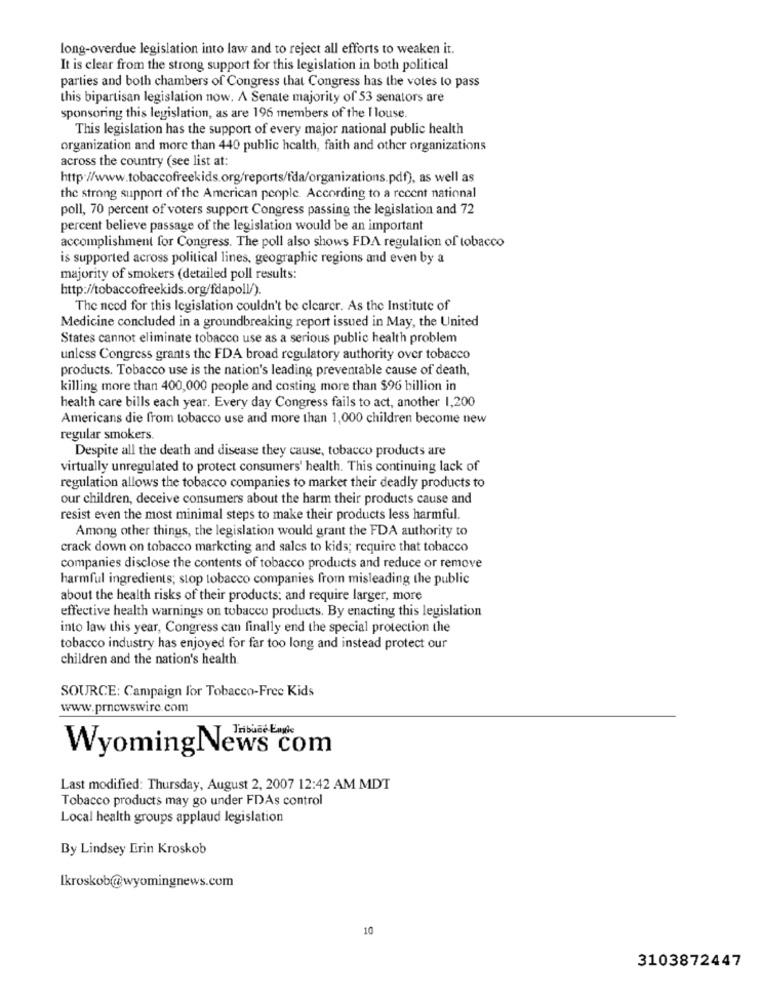
long-overdue legislation into law and to reject all efforts to weaken it.
It is clear from the strong support for this legislation in both political
parties and both chambers of Congress that Congress has the votes to pass
this bipartisan legislation now. A Senate majority of 53 senators are
sponsoring this legislation, as are 196 members of the I louse.
This legislation has the support of every major national public health
organization and more than 440 public health, faith and other organizations
across the country (see list at:
http://www.tobaccofreekids.org/reports/fda/organizations.pdf), as well as
the strong support of the American people. According to a recent national
poll, 70 percent of voters support Congress passing the legislation and 72
percent believe passage of the legislation would be an important
accomplishment for Congress. The poll also shows FDA regulation of tobacco
is supported across political lines, geographic regions and even by a
majority of smokers (detailed poll results:
http://tobaccofreekids.org/fdapoll/).
The need for this legislation couldn't be clearer. As the Institute of
Medicine concluded in a groundbreaking report issued in May, the United
States cannot eliminate tobacco use as a serious public health problem
unless Congress grants the FDA broad regulatory authority over tobacco
products. Tobacco use is the nation's leading preventable cause of death,
killing more than 400,000 people and costing more than $96 billion in
health care bills each year. Every day Congress fails to act, another 1,200
Americans die from tobacco use and more than 1,000 children become new
regular smokers.
Despite all the death and disease they cause, tobacco products are
virtually unregulated to protect consumers' health. This continuing lack of
regulation allows the tobacco companies to market their deadly products to
our children, deceive consumers about the harm their products cause and
resist even the most minimal steps to make their products less harmful.
Among other things, the legislation would grant the FDA authority to
crack down on tobacco marketing and sales to kids; require that tobacco
companies disclose the contents of tobacco products and reduce or remove
harmful ingredients; stop tobacco companies from misleading the public
about the health risks of their products: and require larger, more
effective health warnings on tobacco products. By enacting this legislation
into law this year, Congress can finally end the special protection the
tobacco industry has enjoyed for far too long and instead protect our
children and the nation's health
SOURCE: Campaign for Tobacco-Free Kids
www.prnewswire.com
Tribune Ende
WyomingNews com
Last modified: Thursday, August 2, 2007 12:42 AM MDT
Tobacco products may go under FDAs control
Local health groups applaud legislation
By Lindsey Erin Kroskob
Ikroskob@wyomingnews.com
10
3103872447